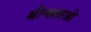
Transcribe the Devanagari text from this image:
श्रीन्ख्लाओ